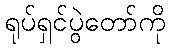
ရုပ်ရှင်ပွဲတော်ကို